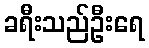
ခရီးသည်ဦးရေ